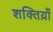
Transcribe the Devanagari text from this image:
शक्तिय़ाँ